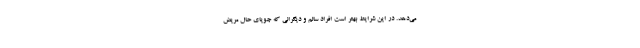
می‌دهد. در این شرایط بهتر است افراد سالم و دیگرانی که جویای حال مریض